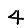
Digit: 4